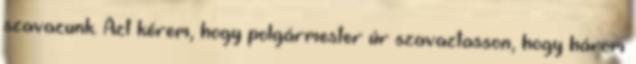
szavazunk. Azt kérem, hogy polgármester úr szavaztasson, hogy három